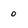
Character: o